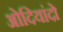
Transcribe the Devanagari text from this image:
ओदियांदो